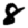
Digit: 8